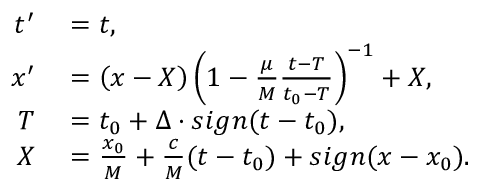
\begin{array} { r l } { t ^ { \prime } } & { { } = t , } \\ { x ^ { \prime } } & { { } = \left( x - X \right) \left( 1 - \frac { \mu } { M } \frac { t - T } { t _ { 0 } - T } \right) ^ { - 1 } + X , } \\ { T } & { { } = t _ { 0 } + \Delta \cdot s i g n ( t - t _ { 0 } ) , } \\ { X } & { { } = \frac { x _ { 0 } } { M } + \frac { c } { M } ( t - t _ { 0 } ) + s i g n ( x - x _ { 0 } ) . } \end{array}